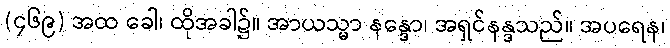
(၄၆၉) အထ ခေါ၊ ထိုအခါ၌။ အာယသ္မာ နန္ဒော၊ အရှင်နန္ဒသည်။ အပရေန၊